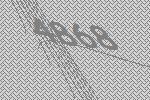
4868